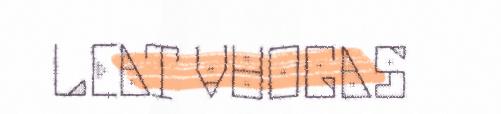
LEAT VUOGAS